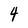
Character: 4